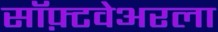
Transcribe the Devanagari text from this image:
सॉफ़्टवेअरला